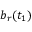
b _ { r } ( t _ { 1 } )